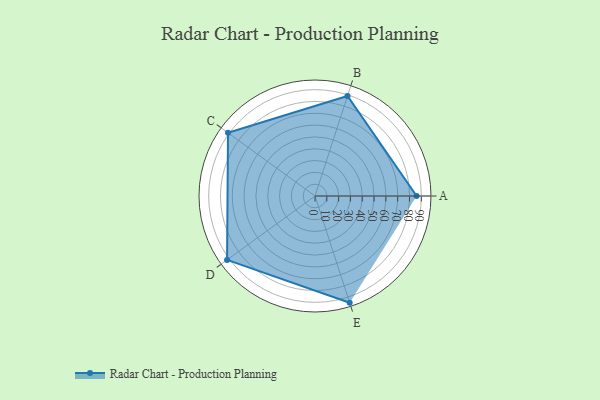
{"axis": {"x": "Skill", "y": "Score"}, "legend": ["Profile"], "data": [{"x": "A", "y": 86.0, "type": "Profile"}, {"x": "B", "y": 89.0, "type": "Profile"}, {"x": "C", "y": 91.0, "type": "Profile"}, {"x": "D", "y": 92.0, "type": "Profile"}, {"x": "E", "y": 95.0, "type": "Profile"}]}